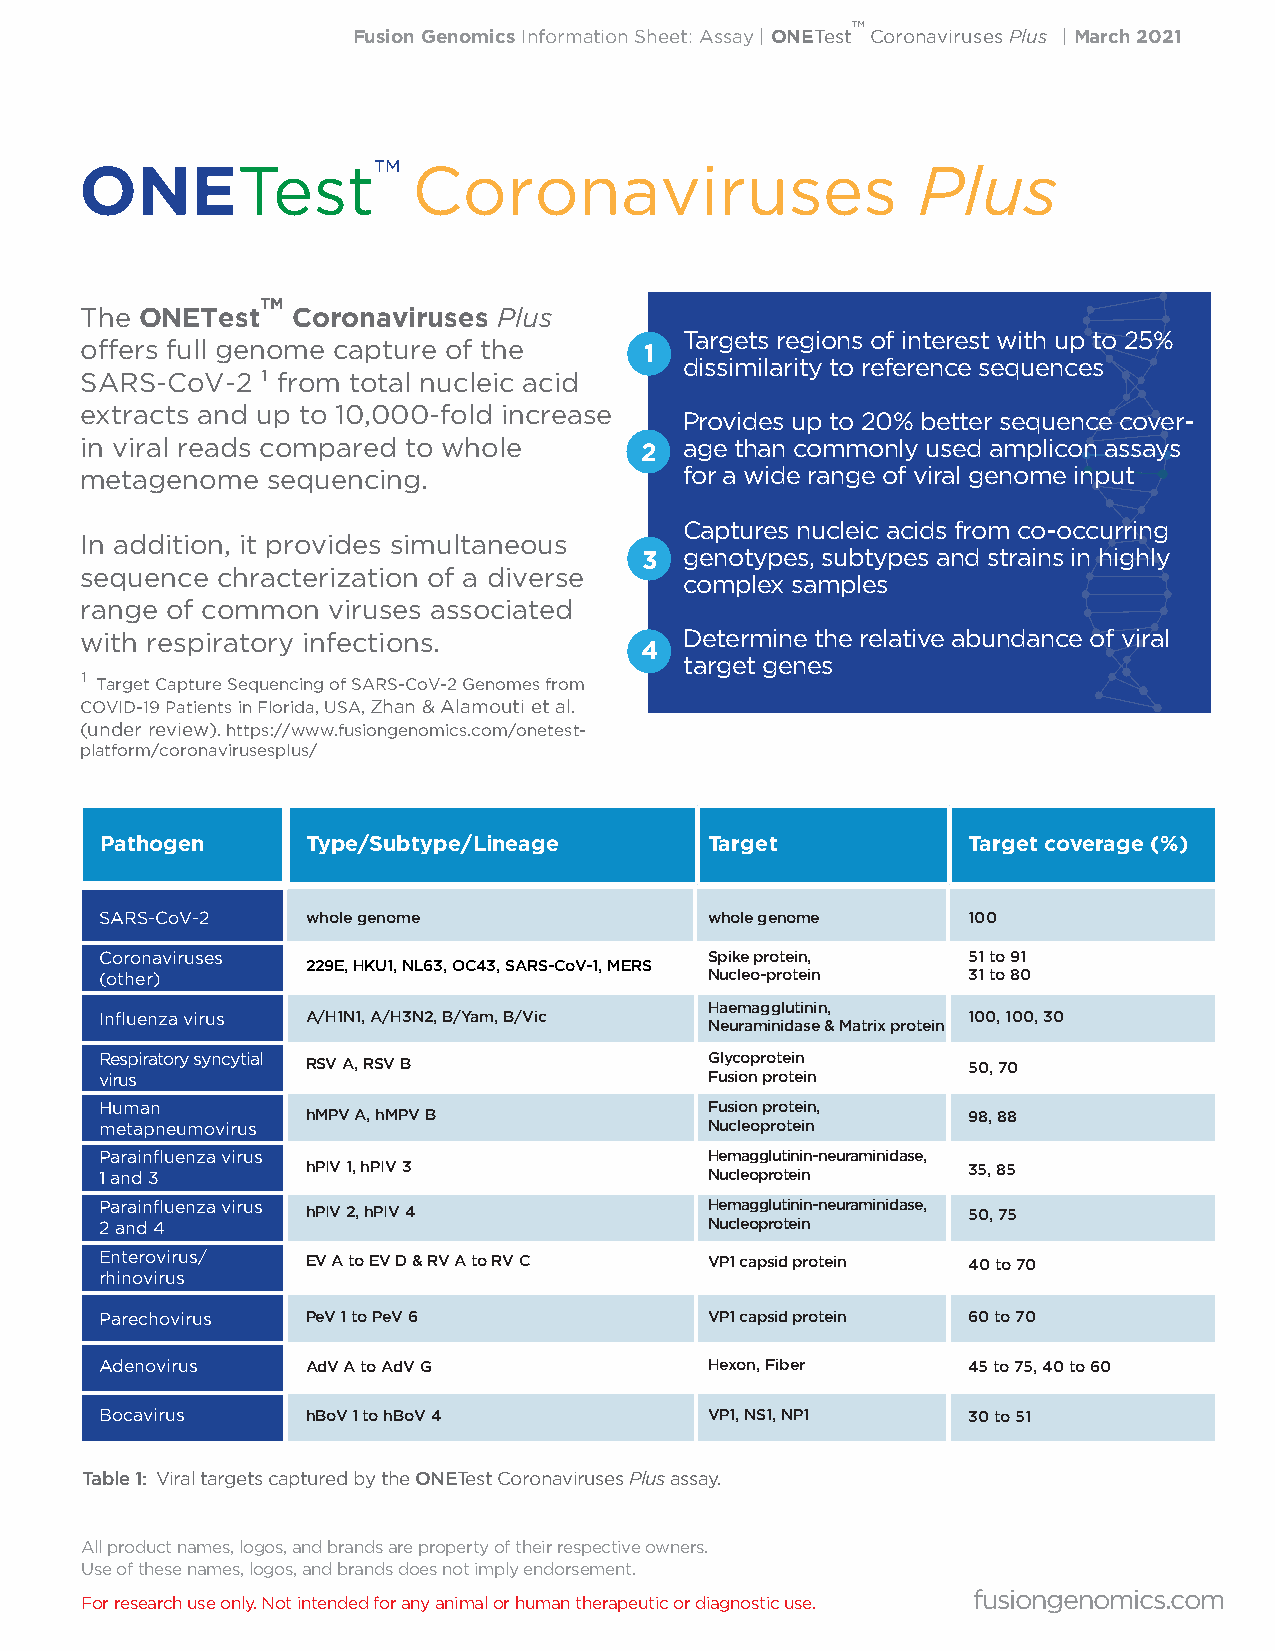
™
 Fusion GenomicsInformation Sheet: Assay | ONETest Coronaviruses Plus | March 2021
 ONETest™              Coronaviruses                     Plus
 TM
 The ONETest   Coronaviruses Plus
 Targets regions of interest with up to 25%
 offers full genome capture of the     1
 dissimilarity to reference sequences
 SARS-CoV-2  1 from total nucleic acid
 extracts and up to 10,000-fold increase
 Provides up to 20% better sequence cover-
 in viral reads compared to whole     2  age than commonly used amplicon assays
 metagenome   sequencing.                for a wide range of viral genome input
 Captures nucleic acids from co-occurring
 In addition, it provides simultaneous
 3  genotypes, subtypes and strains in highly
 sequence chracterization of a diverse
 complex samples
 range of common  viruses associated
 with respiratory infections.            Determine the relative abundance of viral
 4
 target genes
 1
 Target Capture Sequencing of SARS-CoV-2 Genomes from
 COVID-19 Patients in Florida, USA, Zhan & Alamouti et al.
 (under review). https://www.fusiongenomics.com/onetest-
 platform/coronavirusesplus/
 Pathogen     Type/Subtype/Lineage       Target           Target coverage (%)
 SARS-CoV-2   whole genome               whole genome     100
 Coronaviruses                           Spike protein,   51 to 91
 229E, HKU1, NL63, OC43, SARS-CoV-1, MERS
 (other)                                 Nucleo-protein   31 to 80
 Haemagglutinin,
 Influenza virus A/H1N1, A/H3N2, B/Yam, B/Vic             100, 100, 30
 Neuraminidase & Matrix protein
 Respiratory syncytial RSV A, RSV B      Glycoprotein     50, 70
 virus                                   Fusion protein
 Human                                   Fusion protein,
 hMPV A, hMPV B                              98, 88
 metapneumovirus                         Nucleoprotein
 Parainfluenza virus                     Hemagglutinin-neuraminidase,
 1 and 3      hPIV 1, hPIV 3             Nucleoprotein    35, 85
 Parainfluenza virus                     Hemagglutinin-neuraminidase,
 hPIV 2, hPIV 4                              50, 75
 2 and 4                                 Nucleoprotein
 Enterovirus/ EV A to EV D & RV A to RV C VP1 capsid protein 40 to 70
 rhinovirus
 Parechovirus PeV 1 to PeV 6             VP1 capsid protein 60 to 70
 Adenovirus   AdV A to AdV G             Hexon, Fiber     45 to 75, 40 to 60
 Bocavirus    hBoV 1 to hBoV 4           VP1, NS1, NP1    30 to 51
 Table 1: Viral targets captured by the ONETest Coronaviruses Plus assay.
 All product names, logos, and brands are property of their respective owners.
 Use of these names, logos, and brands does not imply endorsement.
 fusiongenomics.com
 For research use only. Not intended for any animal or human therapeutic or diagnostic use.